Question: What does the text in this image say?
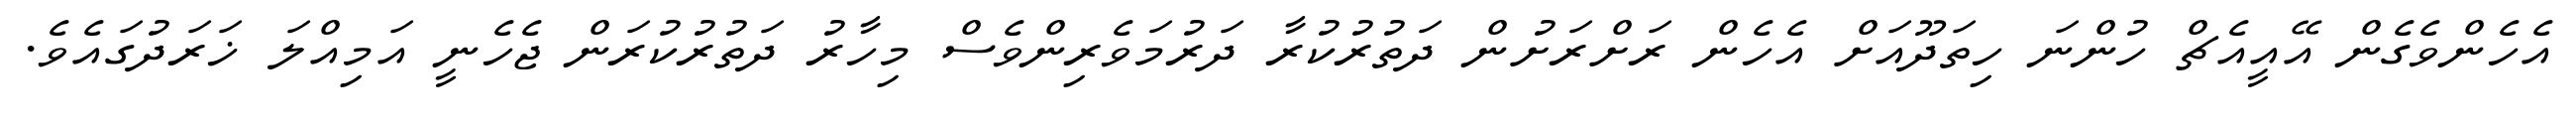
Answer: އެހެންވެގެން އޭއީއެޗް ހުންނަ ހިތަދޫއަށް އެހެން ރަށްރަށުން ދަތުރުކުރާ ދަރުމަވެރިންވެސް މިހާރު ދަތުރުކުރަން ޖެހެނީ އަމިއްލަ ޚަރަދުގައެވެ.